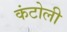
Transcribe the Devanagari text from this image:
कंटोली